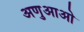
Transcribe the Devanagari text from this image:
अणुआओ